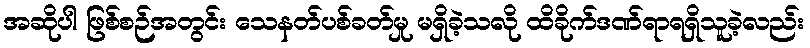
အဆိုပါ ဖြစ်စဉ်အတွင်း သေနတ်ပစ်ခတ်မှု မရှိခဲ့သလို ထိခိုက်ဒဏ်ရာရရှိသူခဲ့လည်း